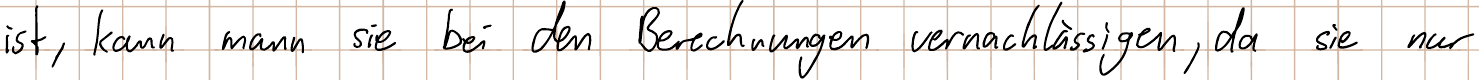
ist, kann mann sie bei den Berechnungen vernachlässigen, da sie nur